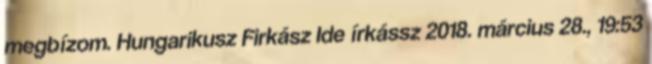
megbízom. Hungarikusz Firkász Ide írkássz 2018. március 28., 19:53